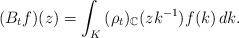
LaTeX: \begin{align*}(B_{t}f)(z)=\int_{K}\,(\rho_{t})_{\mathbb{C}}(zk^{-1})f(k)\,dk.\end{align*}